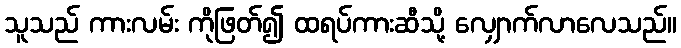
သူသည် ကားလမ်း ကိုဖြတ်၍ ထရပ်ကားဆီသို့ လျှောက်လာလေသည်။